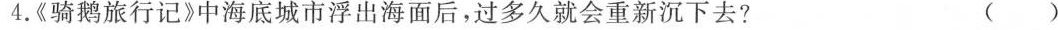
4.《骑鹅旅行记》中海底城市浮出海面后，过多久就会重新沉下去? ()